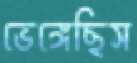
ভেঙ্গেছিস